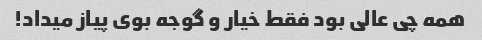
همه چی عالی بود فقط خیار و گوجه بوی پیاز میداد!